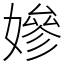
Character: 㜗